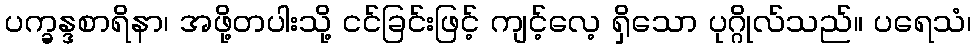
ပက္ခန္ဒစာရိနာ၊ အဖို့တပါးသို့ ငင်ခြင်းဖြင့် ကျင့်လေ့ ရှိသော ပုဂ္ဂိုလ်သည်။ ပရေသံ၊